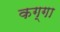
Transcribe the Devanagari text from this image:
कग्गा